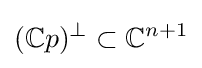
(\mathbb {C} p)^{\perp }\subset \mathbb {C} ^{n+1}